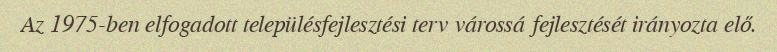
Az 1975-ben elfogadott településfejlesztési terv várossá fejlesztését irányozta elő.